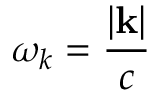
\omega _ { k } = \frac { | \mathbf { k } | } { c }